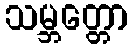
သမ္ဘတ္တော